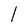
Character: l